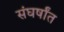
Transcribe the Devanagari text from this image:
संघर्षांत